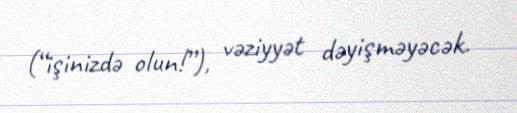
(“işinizdə olun!”), vəziyyət dəyişməyəcək.